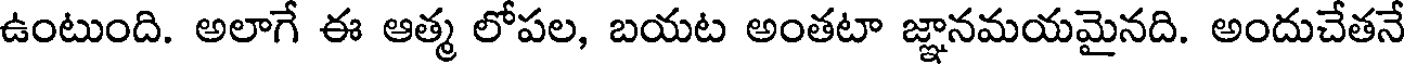
ఉంటుంది. అలాగే ఈ ఆత్మ లోపల, బయట అంతటా జ్ఞానమయమైనది. అందుచేతనే